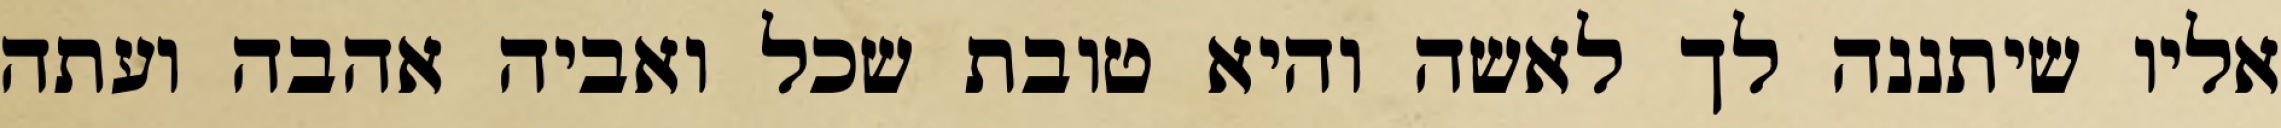
אליו שיתננה לך לאשה והיא טובת שכל ואביה אהבה ועתה